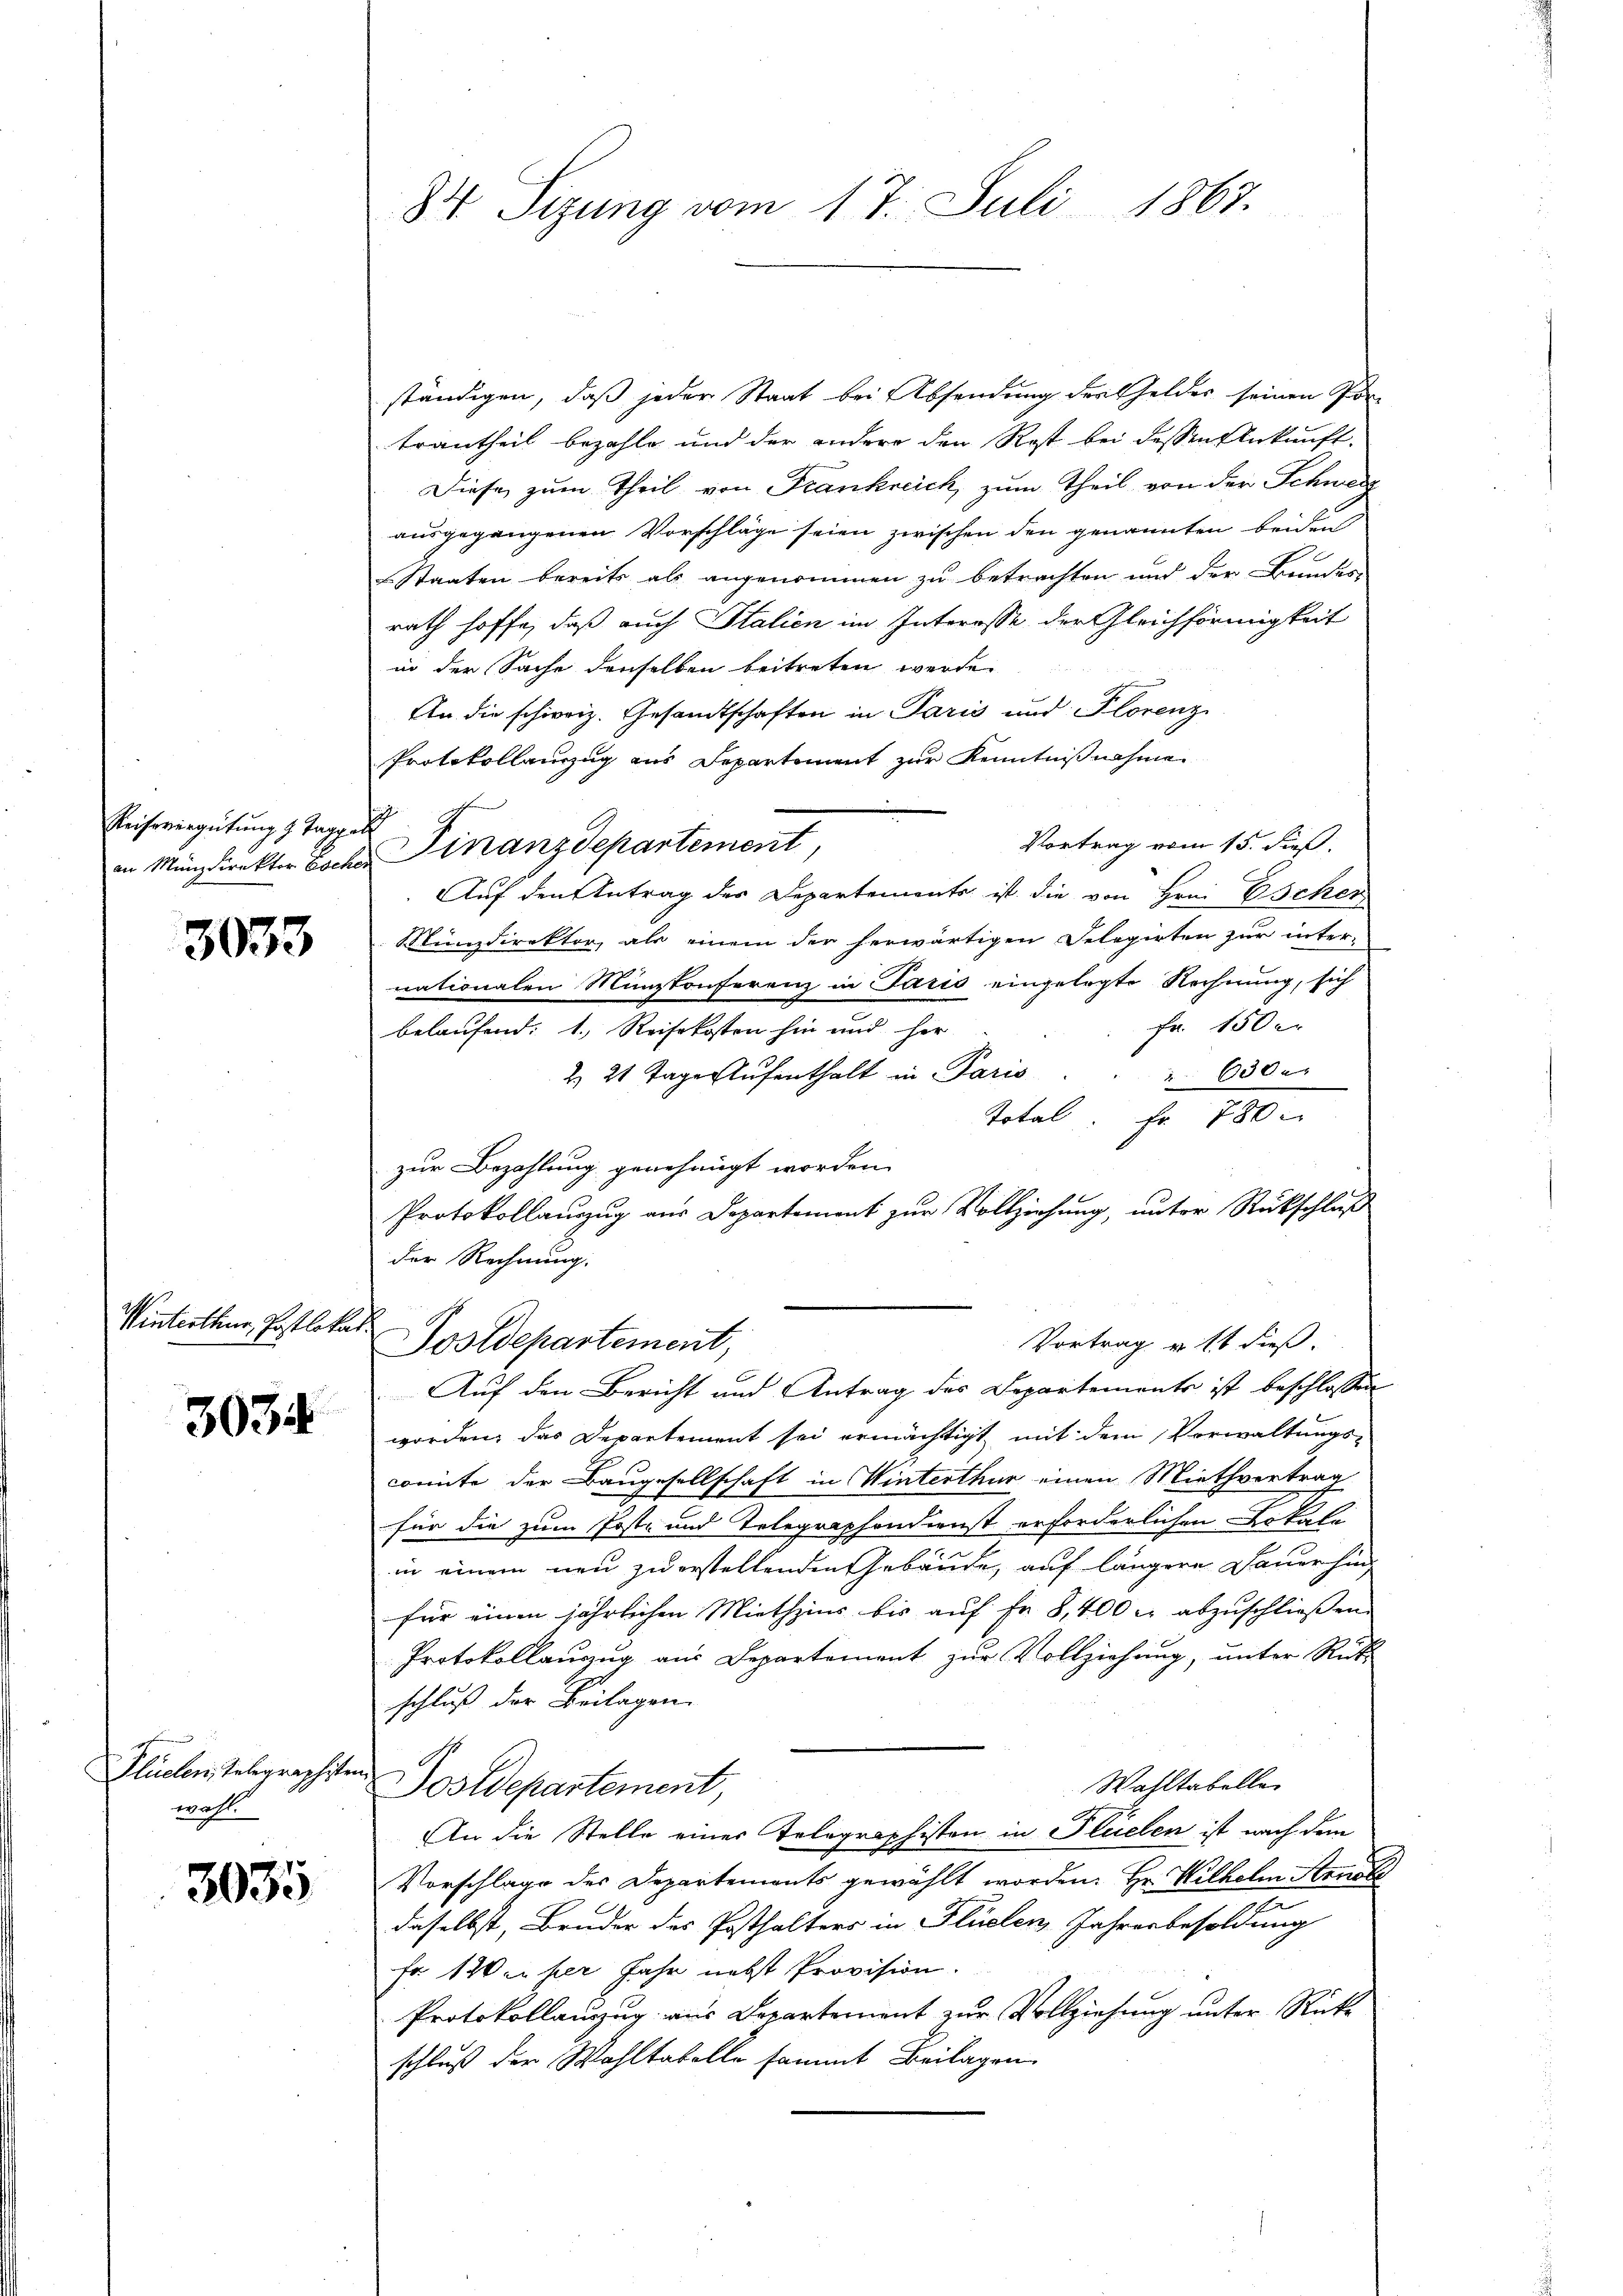
Reihevergütung 1 Taggel

3033

Winterthur, Postlokat

3034

u
Flüchen, Telegraphisten
wahl

3035

84 Sizung vom 17. Juli 1867.

ständigen, daß jeder Staat bei Absendung der Geldes seinen Portrautheil bezahle und der andere den Rost bei dessen Ankunft.
Diese zum Theil von Frankreich, zum Theil von der Schweiz
ausgegangenen Vorschläge seien zwischen den genannten beiden
Staaten bereits als angenommen zu betrachten und der Bundes-
rath hoffe, daß auch Italien im Interosse der Gleichförmigkeit
in der Sache denselben beitreten werde.
An die schweiz. Gesandtschaften in Paris und Florenz
Protokollanzug aus Separtement zur Kenntnißnahme
Vortrag vom 15. dieß,
an Münzdirekter Escher Finanzdepartement,
Auf den Antrag des Departements ist die von Hrn. Escher
Mundirektor, als einem der herwärtigen Delegirten zur inter-
nationalen Münzkonferenz in Paris eingelegte Rechnung, sich
Fr. 150 er
belaufend: 1. Reisekosten hin und her
2. 21 Tage Aufenthalt in Paris
 60 de
Total. Fr. 780
zur Bezahlung genehmigt worden.
Protokollauszug aus Departement zur Vollziehung, unter Rückschluß
der Rechnung.
Vortrag u. 1t dieß.
Postdepartement,
Auf den Bericht und Antrag des Departements ist beschlossen
worden, das Departement sei ermächtigt, mit dem Vorwaltungscomite der Baugesellschaft in Winterthur einen Miethvertrag
für die zum Post- und Telegraphondienst erforderlichen Lokale
in einem neu zu erstellenden Gebäude, auf längere Dauerhin
für einen jährlichen Miethzins bis auf Fr. 8,400 l. abzuschließen.
Protokollauszug aus Departement zur Vollziehung, unter Rüt
schluß der Beilagen
Wahltabelle
Postdepartement,
An die Stelle einer Telegraphisten in Flüelen ist nach dem
Vorschlage des Departements gewählt worden. Hr. Wilhelm Arnet
2
daselbst, Bruder des Posthalters in Flüelen Jahresbesoldung
Fr 120 l. per Jahr nebst Provision.
Protokollauzug aus Departement zur Vollziehung unter Rücke
schluß der Wahltabelle sammt Beilagen